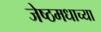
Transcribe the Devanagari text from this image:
जेष्ठमधाच्या